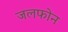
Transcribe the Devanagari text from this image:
जलफोन